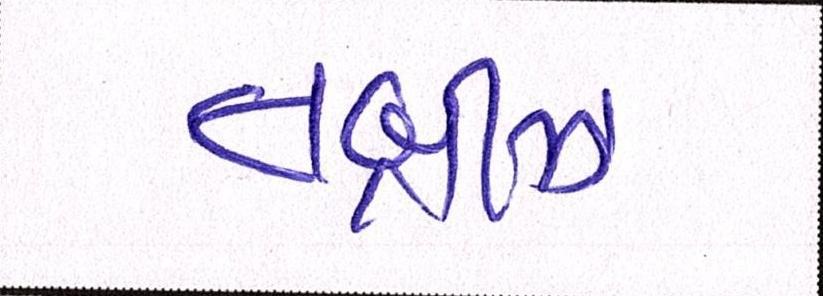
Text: તબ્રીઝ